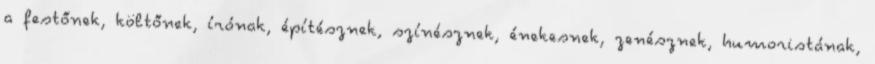
a festőnek, költőnek, írónak, építésznek, színésznek, énekesnek, zenésznek, humoristának,